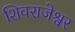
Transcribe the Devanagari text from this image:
शिवराजेश्वर